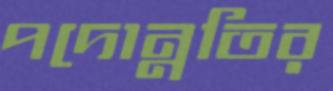
পদোন্নতির